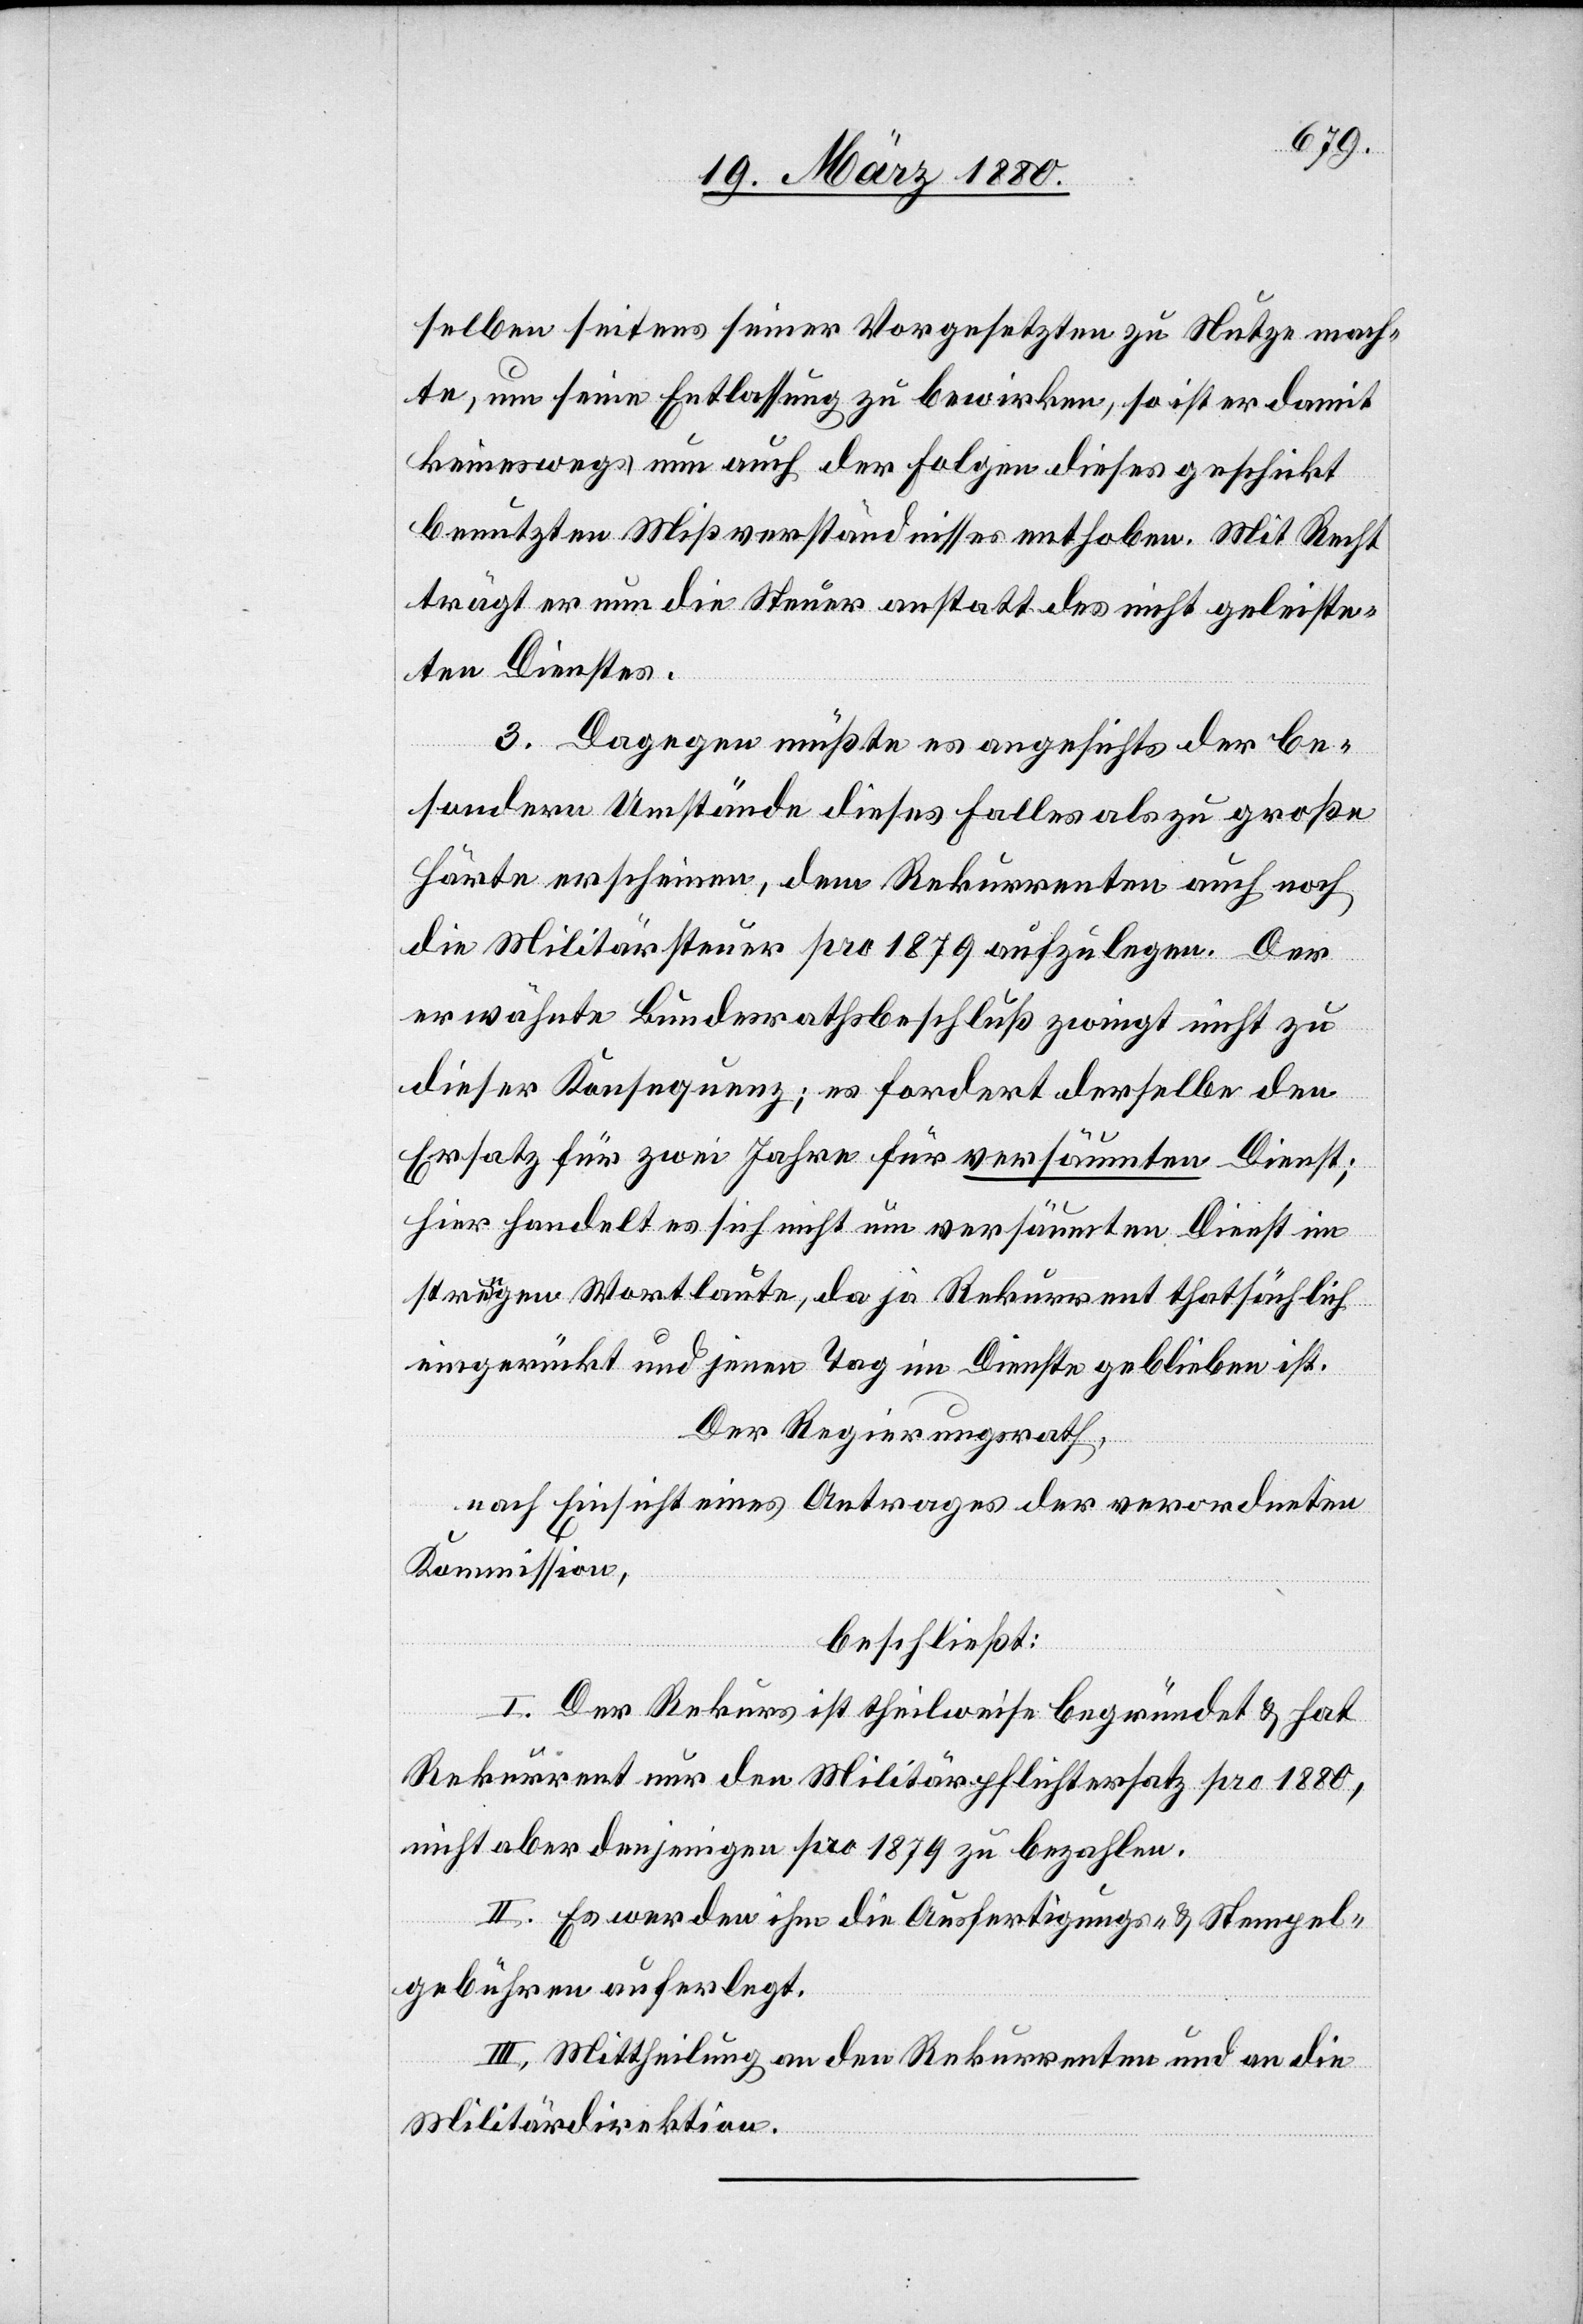
selben seitens seiner Vorgesetzten zu Nutze mach¬
te, um seine Entlassung zu bewirken, so ist er damit
keineswegs nun auch der Folgen dieses geschickt
benutzten Mißverständnisses enthoben. Mit Recht
trägt er nun die Steuer anstatt des nicht geleiste¬
ten Dienstes.
3. Dagegen müßte es angesichts der be¬
sondern Umstände dieses Falles als zu große
Härte erscheinen, dem Rekurrenten auch noch
die Militärsteuer pro 1879 aufzulegen. Der
erwähnte Bundesrathsbeschluß zwingt nicht zu
dieser Konsequenz; es fordert derselbe den
Ersatz für zwei Jahre für versäumten Dienst;
hier handelt es sich nicht um versäumten Dienst im
strengen Wortlaute, da ja Rekurrent thatsächlich
eingerückt und jenen Tag im Dienste geblieben ist.
Der Regierungsrath,
nach Einsicht eines Antrages der verordneten
Kommission,
beschließt:
I. Der Rekurs ist theilweise begründet & hat
Rekurrent nur den Militärpflichtersatz pro 1880,
nicht aber denjenigen pro 1879 zu bezahlen.
II. Es werden ihm die Ausfertigungs- & Stempel¬
gebühren auferlegt.
III. Mittheilung an den Rekurrenten und an die
Militärdirektion.